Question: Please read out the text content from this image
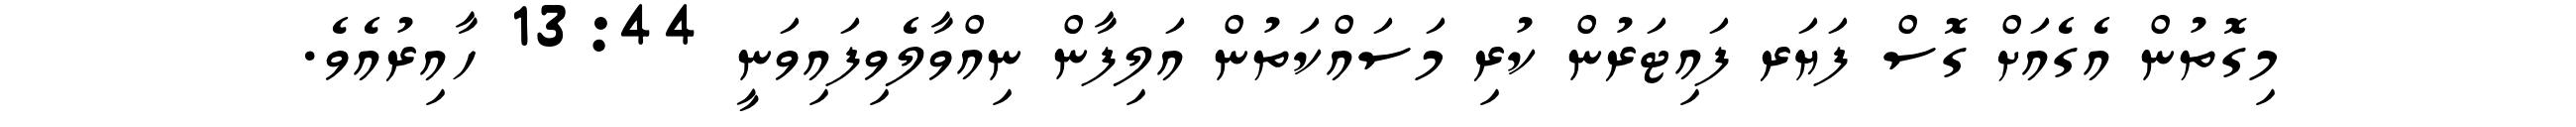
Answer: މިގޮތުން އެގެއަށް ގޮސް ފަޔަރ ފައިޓަރުން ކުރި މަސައްކަތުން އަލިފާން ނިއްވާލެވިފައިވަނީ 13:44 ހާއިރުއެވެ.